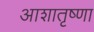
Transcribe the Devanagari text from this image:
आशातृष्णा